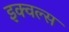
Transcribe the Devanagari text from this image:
इक्वल्स